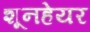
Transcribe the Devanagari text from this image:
शूनहेयर